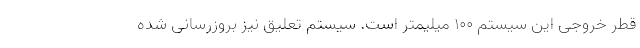
قطر خروجی این سیستم 100 میلیمتر است. سیستم تعلیق نیز بروزرسانی شده